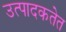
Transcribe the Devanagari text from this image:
उत्पादकतेत